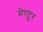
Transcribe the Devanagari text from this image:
मेरटूर